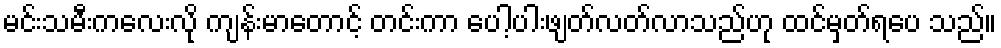
မင်းသမီးကလေးလို ကျန်းမာတောင့် တင်းကာ ပေါ့ပါးဖျတ်လတ်လာသည်ဟု ထင်မှတ်ရပေ သည်။